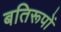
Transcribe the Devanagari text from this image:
बतिरूपों